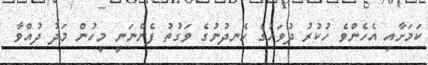
ކަމަށާއި އެހެންވެ ހުކުރު ދުވަހުގެ ހެނދުނުގެ ވަގުތު ފެންނަނީ މީހުން މަދު ދުއްވާ